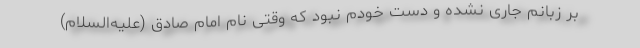
بر زبانم جاری نشده و دست خودم نبود که وقتی نام امام صادق (علیه‌السلام)